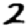
Digit: 2